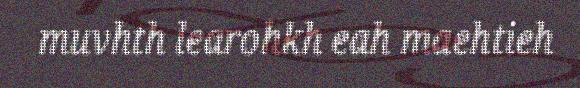
muvhth learohkh eah maehtieh